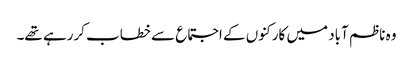
وہ ناظم آباد میں کارکنوں کے اجتماع سے خطاب کررہے تھے۔